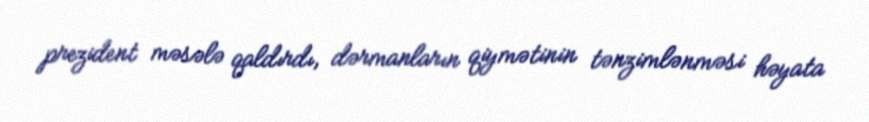
prezident məsələ qaldırdı, dərmanların qiymətinin tənzimlənməsi həyata